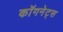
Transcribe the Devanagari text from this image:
कॉगनेट्स